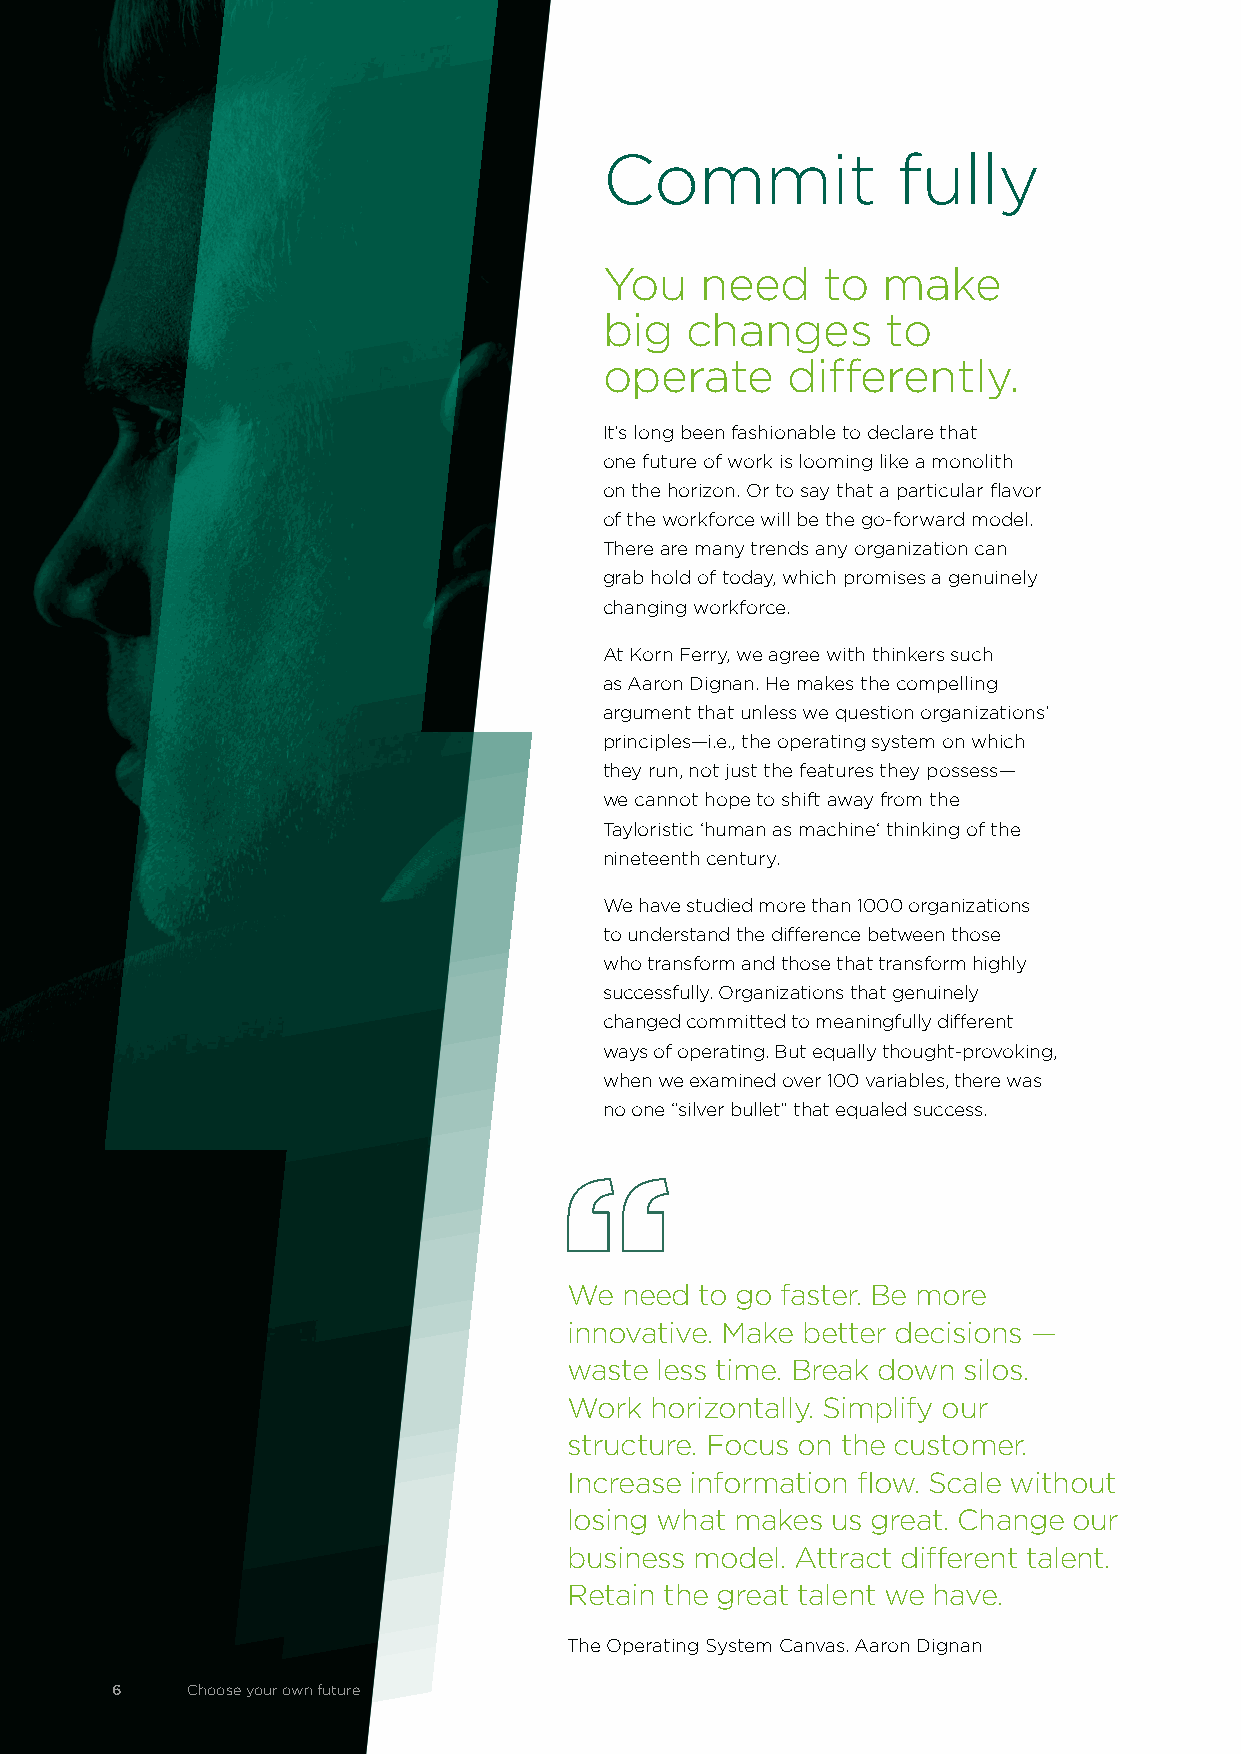
Commit             fully
 You   need    to  make
 big  changes       to
 operate     differently.
 It’s long been fashionable to declare that
 one future of work is looming like a monolith
 on the horizon. Or to say that a particular flavor
 of the workforce will be the go-forward model.
 There are many trends any organization can
 grab hold of today, which promises a genuinely
 changing workforce.
 At Korn Ferry, we agree with thinkers such
 as Aaron Dignan. He makes the compelling
 argument that unless we question organizations’
 principles—i.e., the operating system on which
 they run, not just the features they possess—
 we cannot hope to shift away from the
 Tayloristic ‘human as machine‘ thinking of the
 nineteenth century.
 We have studied more than 1000 organizations
 to understand the difference between those
 who transform and those that transform highly
 successfully. Organizations that genuinely
 changed committed to meaningfully different
 ways of operating. But equally thought-provoking,
 when we examined over 100 variables, there was
 no one “silver bullet” that equaled success.
 We need to go faster. Be more
 innovative. Make better decisions —
 waste less time. Break down silos.
 Work horizontally. Simplify our
 structure. Focus on the customer.
 Increase information flow. Scale without
 losing what makes us great. Change our
 business model. Attract different talent.
 Retain the great talent we have.
 The Operating System Canvas. Aaron Dignan
 6    Choose your own future